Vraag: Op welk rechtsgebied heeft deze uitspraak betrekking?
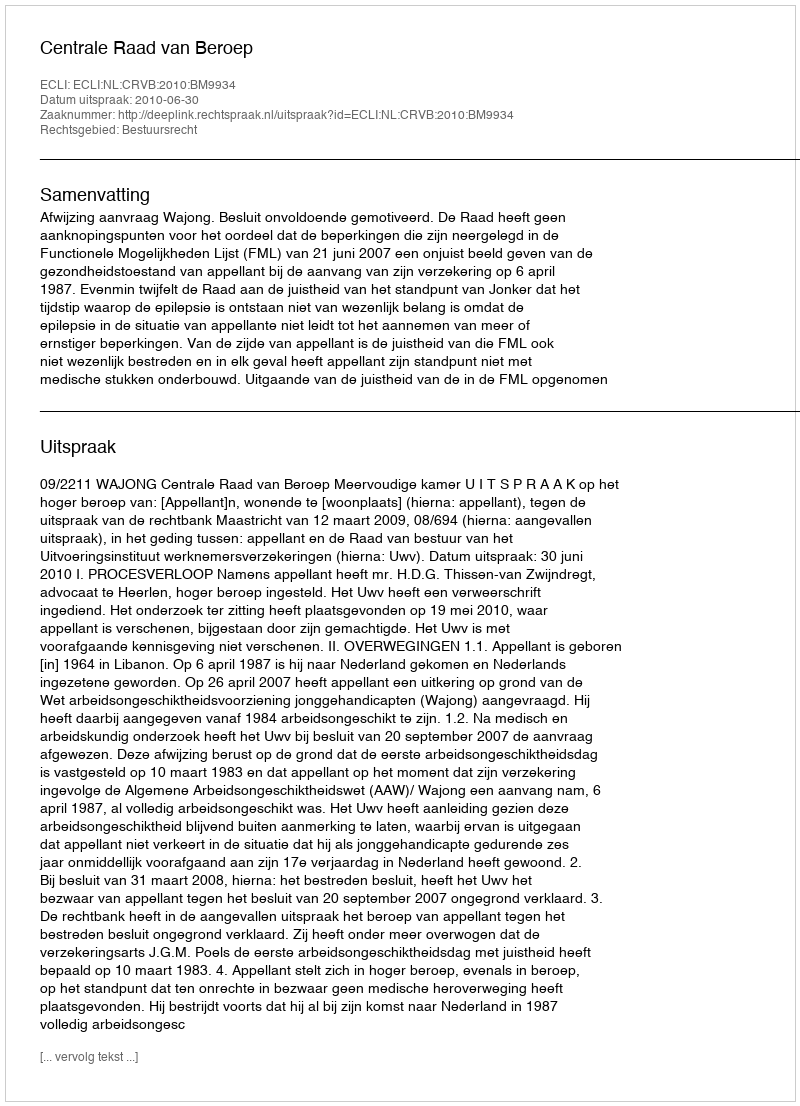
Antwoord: Bestuursrecht